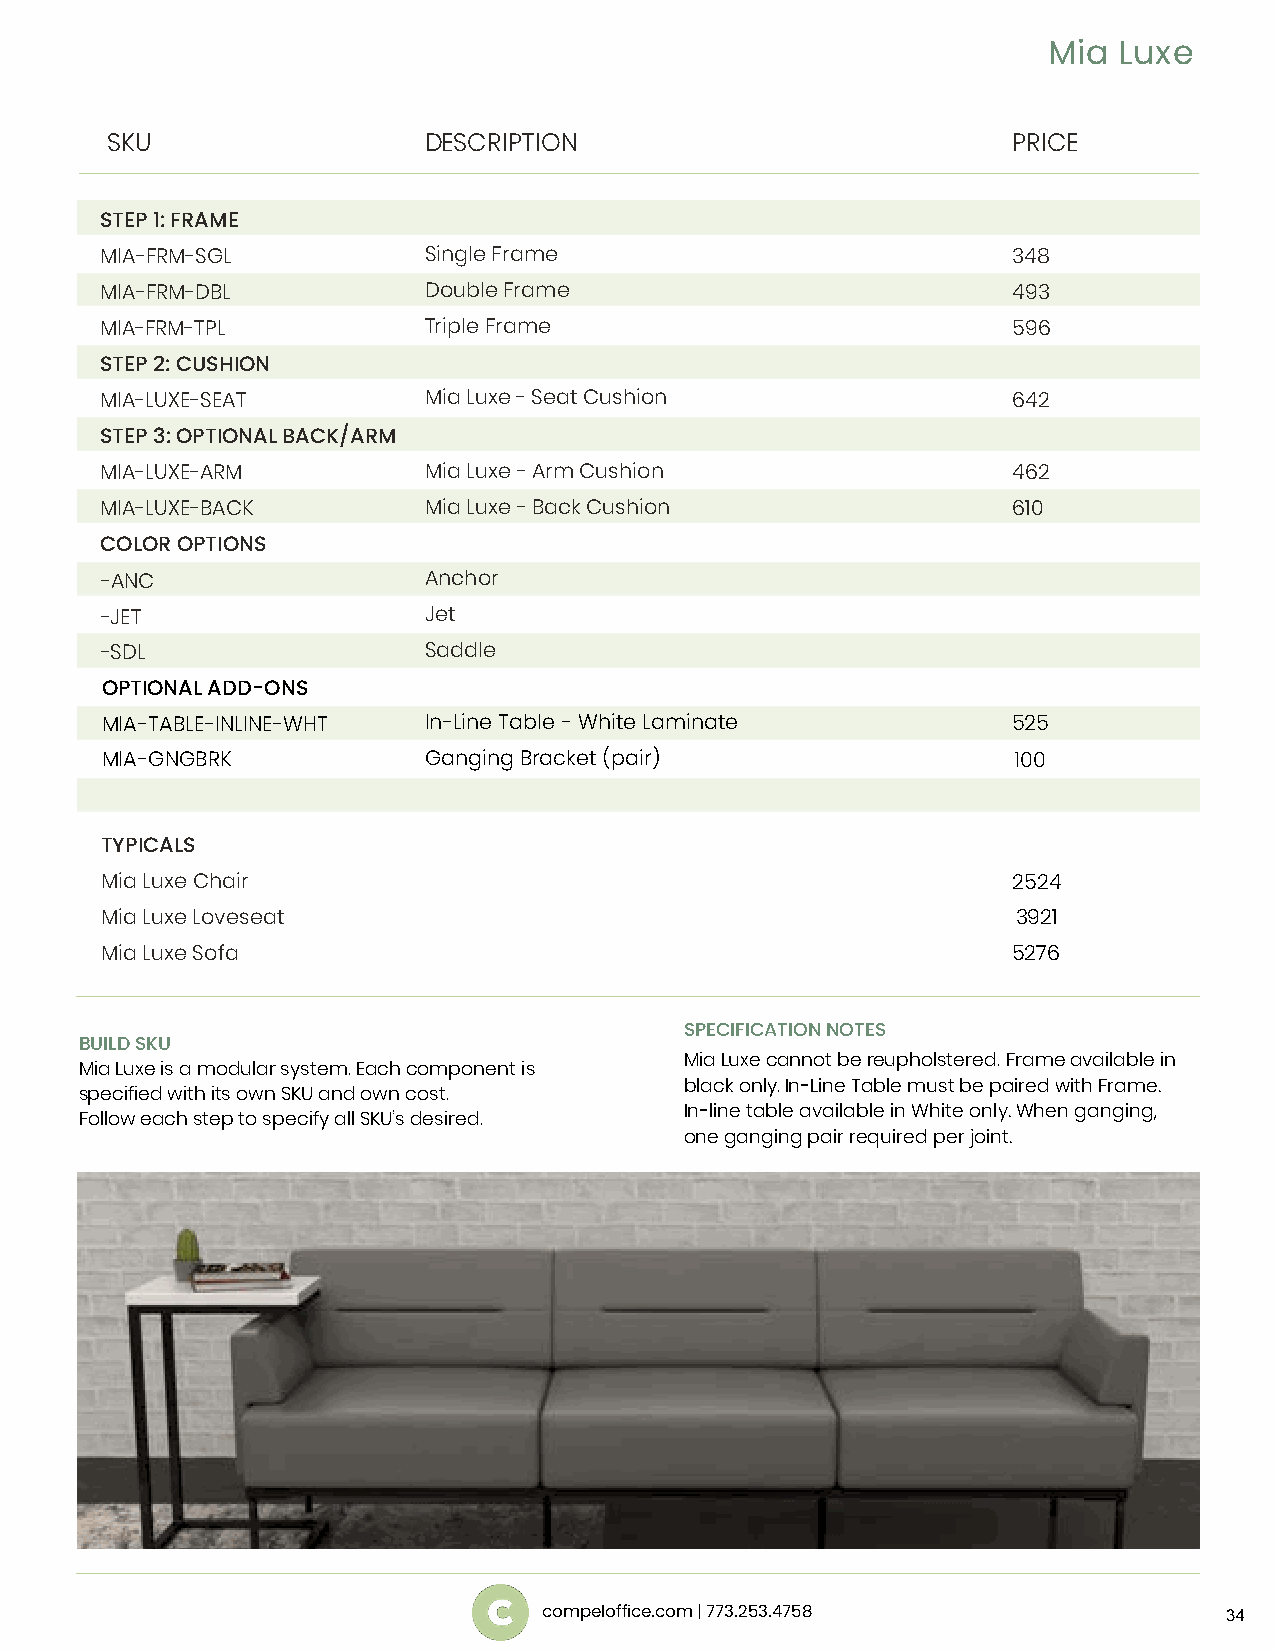
Mia  Luxe
 SKU                  DESCRIPTION                            PRICE
 STEP 1: FRAME
 MIA-FRM-SGL          Single Frame                           348
 MIA-FRM-DBL          Double Frame                           493
 MIA-FRM-TPL          Triple Frame                           596
 STEP 2: CUSHION
 MIA-LUXE-SEAT        Mia Luxe - Seat Cushion                642
 STEP 3: OPTIONAL BACK/ARM
 MIA-LUXE-ARM         Mia Luxe - Arm Cushion                 462
 MIA-LUXE-BACK        Mia Luxe - Back Cushion                610
 COLOR OPTIONS
 -ANC                 Anchor
 -JET                 Jet
 -SDL                 Saddle
 OPTIONAL ADD-ONS
 MIA-TABLE-INLINE-WHT In-Line Table - White Laminate         525
 MIA-GNGBRK           Ganging Bracket (pair)                 100
 TYPICALS
 Mia Luxe Chair                                              2524
 Mia Luxe Loveseat                                           3921
 Mia Luxe Sofa                                               5276
 SPECIFICATION NOTES
 BUILD SKU
 Mia Luxe cannot be reupholstered. Frame available in
 Mia Luxe is a modular system. Each component is
 black only. In-Line Table must be paired with Frame.
 specified with its own SKU and own cost.
 In-line table available in White only. When ganging,
 Follow each step to specify all SKU’s desired.
 one ganging pair required per joint.
 compeloffice.com | 773.253.4758              34